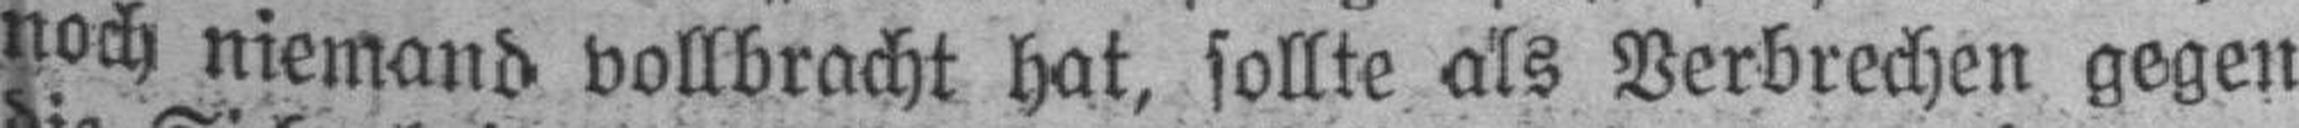
noch niemand vollbracht hat, sollte als Verbrechen gegen